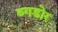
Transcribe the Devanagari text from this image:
ब्गडोर